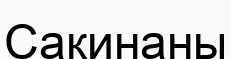
Сақинаны